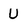
Character: U